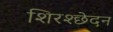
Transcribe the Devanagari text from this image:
शिरश्छेदन